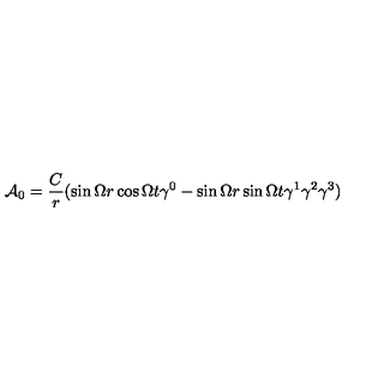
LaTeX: { \cal A } _ { 0 } = \frac { C } { r } ( \sin \Omega r \cos \Omega t \gamma ^ { 0 } - \sin \Omega r \sin \Omega t \gamma ^ { 1 } \gamma ^ { 2 } \gamma ^ { 3 } )